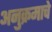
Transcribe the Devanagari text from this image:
अनुक्रमाचे